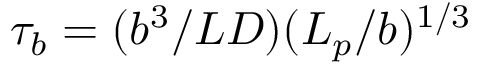
\tau _ { b } = ( b ^ { 3 } / L D ) ( L _ { p } / b ) ^ { 1 / 3 }